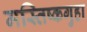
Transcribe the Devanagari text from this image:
मस्तिष्कगुहा